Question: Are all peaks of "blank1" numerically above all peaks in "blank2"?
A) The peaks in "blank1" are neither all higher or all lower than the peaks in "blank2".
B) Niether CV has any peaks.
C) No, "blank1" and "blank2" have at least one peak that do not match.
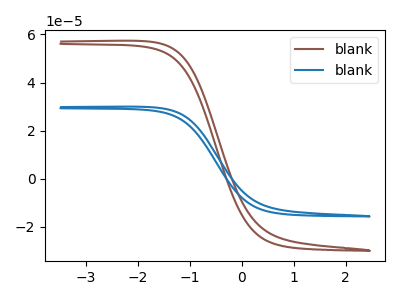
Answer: <think>The brown curve "blank1" has no peaks. The blue curve "blank2" has no peaks.</think>
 <answer>B) Niether CV has any peaks.</answer>
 <eval>B</eval>